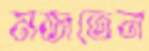
মজতেন